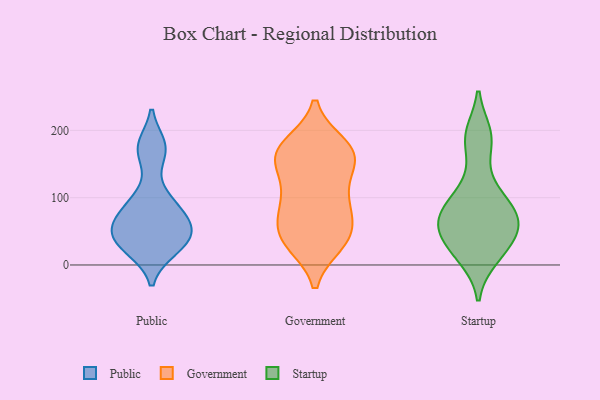
{"axis": {"x": "Website Visitors", "y": "Value"}, "legend": ["Government", "Public", "Startup"], "data": [{"x": "", "y": 98, "type": "Public"}, {"x": "", "y": 57, "type": "Public"}, {"x": "", "y": 43, "type": "Public"}, {"x": "", "y": 24, "type": "Public"}, {"x": "", "y": 176, "type": "Public"}, {"x": "", "y": 170, "type": "Public"}, {"x": "", "y": 27, "type": "Public"}, {"x": "", "y": 48, "type": "Public"}, {"x": "", "y": 66, "type": "Public"}, {"x": "", "y": 85, "type": "Public"}, {"x": "", "y": 104, "type": "Government"}, {"x": "", "y": 177, "type": "Government"}, {"x": "", "y": 47, "type": "Government"}, {"x": "", "y": 45, "type": "Government"}, {"x": "", "y": 168, "type": "Government"}, {"x": "", "y": 42, "type": "Government"}, {"x": "", "y": 143, "type": "Government"}, {"x": "", "y": 36, "type": "Government"}, {"x": "", "y": 95, "type": "Government"}, {"x": "", "y": 166, "type": "Government"}, {"x": "", "y": 169, "type": "Government"}, {"x": "", "y": 156, "type": "Government"}, {"x": "", "y": 86, "type": "Government"}, {"x": "", "y": 84, "type": "Government"}, {"x": "", "y": 162, "type": "Government"}, {"x": "", "y": 33, "type": "Government"}, {"x": "", "y": 60, "type": "Startup"}, {"x": "", "y": 88, "type": "Startup"}, {"x": "", "y": 23, "type": "Startup"}, {"x": "", "y": 81, "type": "Startup"}, {"x": "", "y": 117, "type": "Startup"}, {"x": "", "y": 12, "type": "Startup"}, {"x": "", "y": 59, "type": "Startup"}, {"x": "", "y": 193, "type": "Startup"}, {"x": "", "y": 67, "type": "Startup"}, {"x": "", "y": 38, "type": "Startup"}, {"x": "", "y": 185, "type": "Startup"}]}